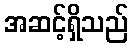
အဆင့်ရှိသည်